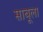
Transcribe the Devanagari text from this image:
साबूला